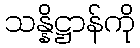
သန္နိဋ္ဌာန်ကို